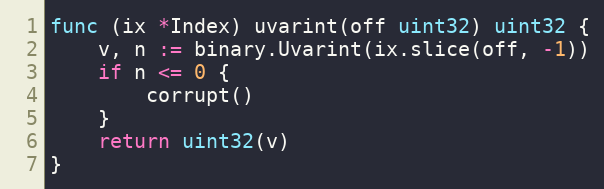
Language: Go
func (ix *Index) uvarint(off uint32) uint32 {
	v, n := binary.Uvarint(ix.slice(off, -1))
	if n <= 0 {
		corrupt()
	}
	return uint32(v)
}